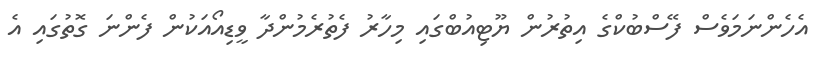
އެހެންނަމަވެސް ފޭސްބުކްގެ އިތުރުން ޔޫޓިއުބްގައި މިހާރު ފެތުރެމުންދާ ވީޑިއޯއަކުން ފެންނަ ގޮތުގައި އެ